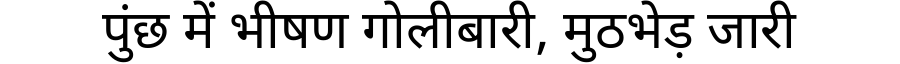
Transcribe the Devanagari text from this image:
पुंछ में भीषण गोलीबारी, मुठभेड़ जारी